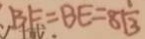
B F = B E = 8 1 \frac { 1 } { 3 }